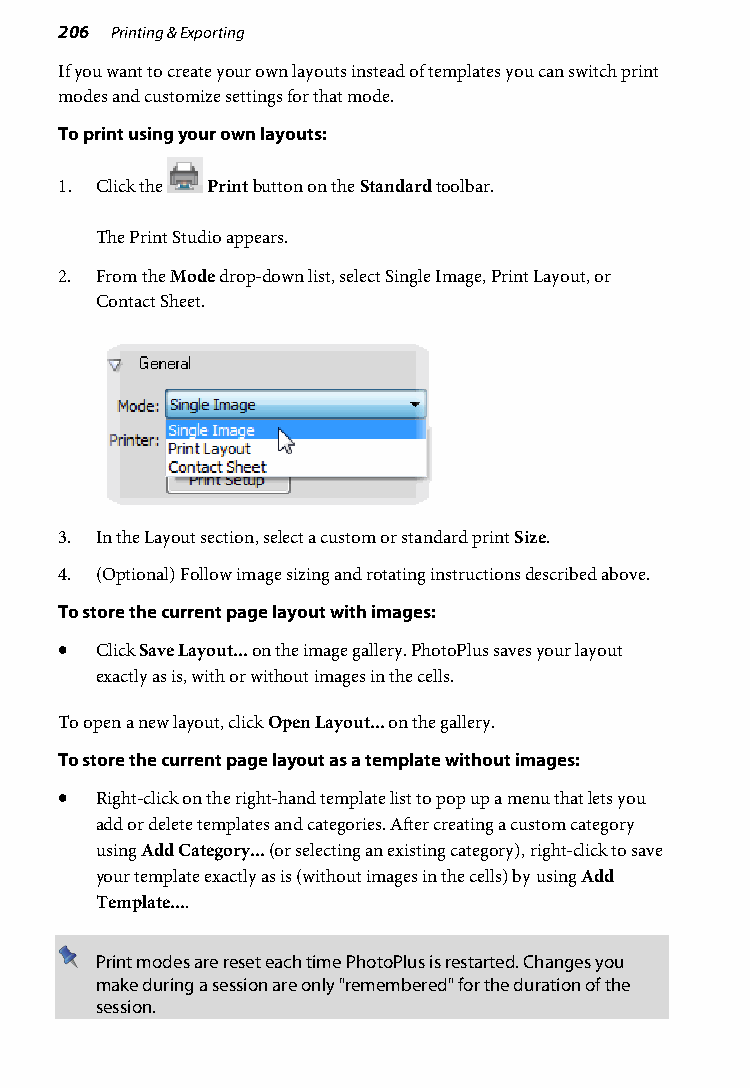
206 Printing & Exporting
 If you want to create your own layouts instead of templates you can switch print
 modes and customize settings for that mode.
 To print using your own layouts:
 1. Click the Print button on the Standard toolbar.
 The Print Studio appears.
 2. From the Mode drop-down list, select Single Image, Print Layout, or
 Contact Sheet.
 3. In the Layout section, select a custom or standard print Size.
 4. (Optional) Follow image sizing and rotating instructions described above.
 To store the current page layout with images:
 • Click Save Layout... on the image gallery. PhotoPlus saves your layout
 exactly as is, with or without images in the cells.
 To open a new layout, click Open Layout... on the gallery.
 To store the current page layout as a template without images:
 • Right-click on the right-hand template list to pop up a menu that lets you
 add or delete templates and categories. After creating a custom category
 using Add Category... (or selecting an existing category), right-click to save
 your template exactly as is (without images in the cells) by using Add
 Template....
 Print modes are reset each time PhotoPlus is restarted. Changes you
 make during a session are only "remembered" for the duration of the
 session.